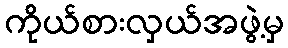
ကိုယ်စားလှယ်အဖွဲ့မှ